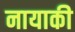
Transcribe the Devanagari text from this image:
नायाकी